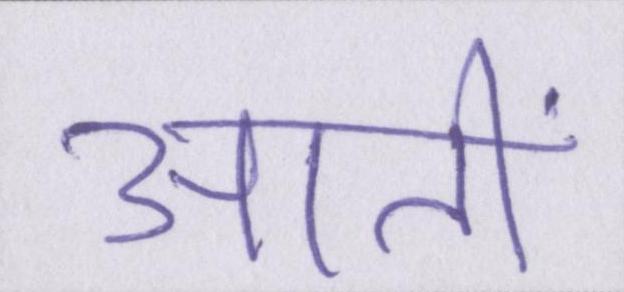
आतीं